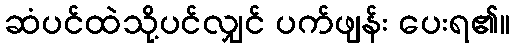
ဆံပင်ထဲသို့ပင်လျှင် ပက်ဖျန်း ပေးရ၏။